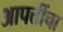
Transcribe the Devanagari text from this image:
आपत्तींचा